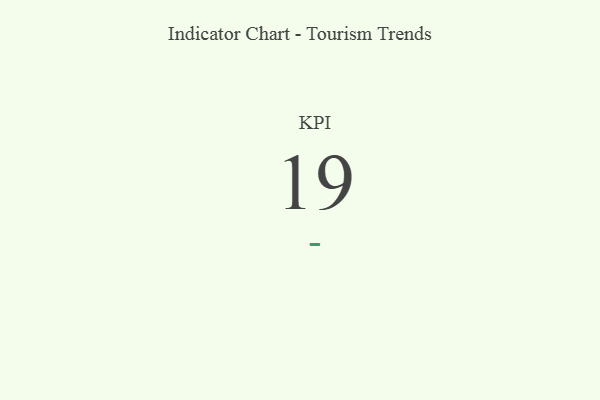
{"axis": {"x": "KPI", "y": "Value"}, "legend": [""], "data": [{"x": "KPI", "y": 19, "type": ""}]}